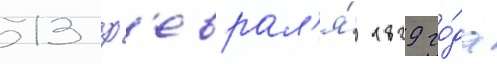
13 ф'еврал'я́ 1829 го́да